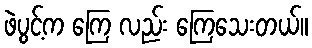
ဖဲပွင့်က ကြေ လည်း ကြေသေးတယ်။